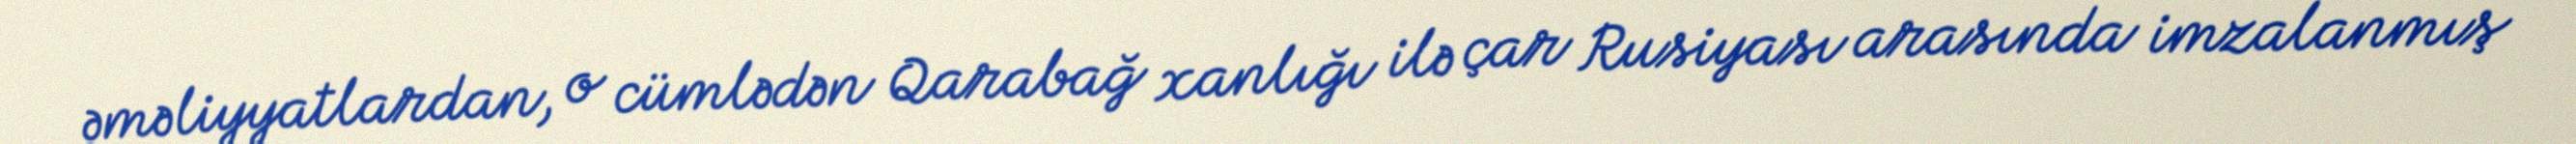
əməliyyatlardan, o cümlədən Qarabağ xanlığı ilə çar Rusiyası arasında imzalanmış